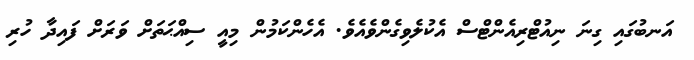
އަނބުގައި ގިނަ ނިއުޓްރިއެންޓްސް އެކުލެވިގެންވެއެވެ. އެހެންކަމުން މިއީ ސިއްޙަތަށް ވަރަށް ފައިދާ ހުރި